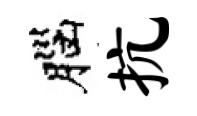
腦抗